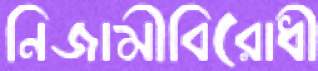
নিজামীবিরোধী